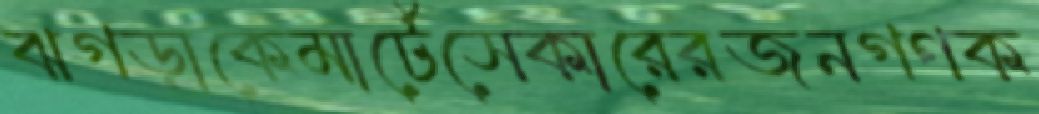
ঝগড়াকেমার্টেসেকারেরজনগণক